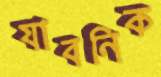
যাবনিক